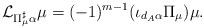
LaTeX: \begin{align*} \mathcal{L}_{\Pi_\mu^{\sharp} \alpha} \mu = (-1)^{m-1} (\iota_{d_A \alpha} \Pi_\mu) \mu.\end{align*}